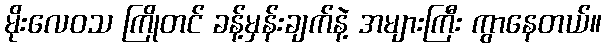
မိုးလေဝသ ကြိုတင် ခန့်မှန်းချက်နဲ့ အများကြီး ကွာနေတယ်။